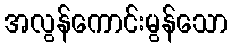
အလွန်ကောင်းမွန်သော